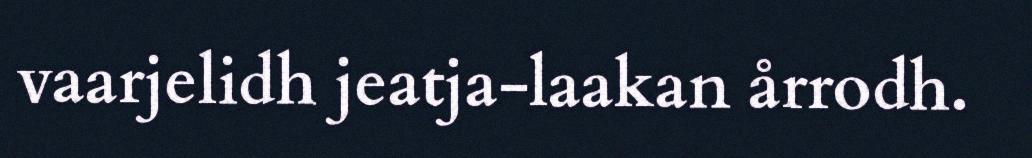
vaarjelidh jeatja-laakan årrodh.